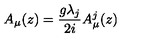
A _ { \mu } ( z ) = \frac { g \lambda _ { j } } { 2 i } A _ { \mu } ^ { j } ( z )